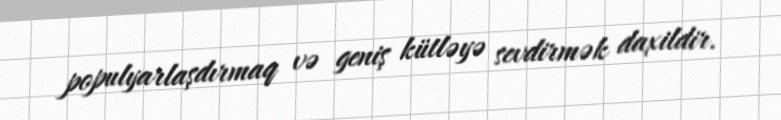
populyarlaşdırmaq və geniş kütləyə sevdirmək daxildir.